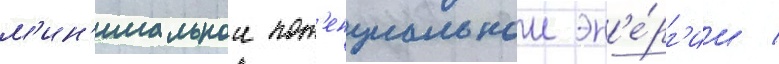
м'ин'имальнои пот'енциальнои эн'е́рг'ии /